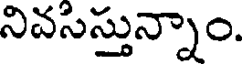
నివసిస్తున్నాం.